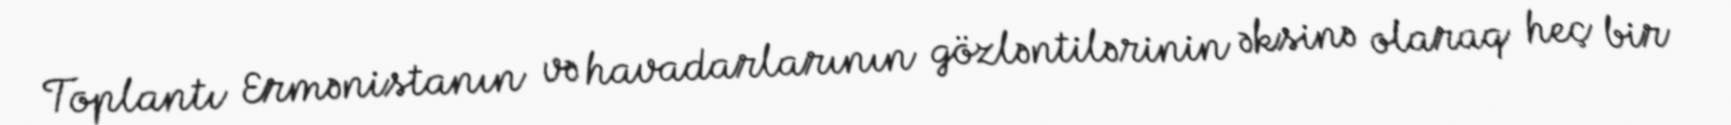
Toplantı Ermənistanın və havadarlarının gözləntilərinin əksinə olaraq heç bir